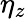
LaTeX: \eta_{z}